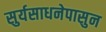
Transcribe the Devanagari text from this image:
सुर्यसाधनेपासुन